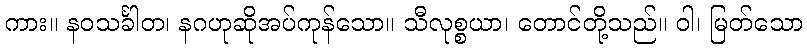
ကား။ နဝသင်္ခါတ၊ နဂဟုဆိုအပ်ကုန်သော။ သီလုစ္စယာ၊ တောင်တို့သည်။ ဝါ၊ မြတ်သော